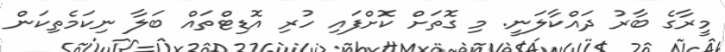
މީރާގެ ބާރު ދައްކާލަނީ. މި ގޮތަށް ކޮށްފައި ހުރި އޮޑިޓްތައް ބަލާ ނިކަމެތިކަން